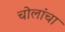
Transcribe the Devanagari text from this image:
चोलांचा